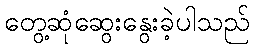
တွေ့ဆုံဆွေးနွေးခဲ့ပါသည်